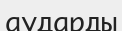
аударды